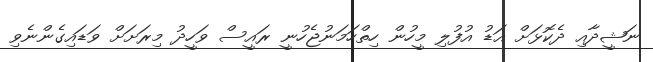
ނަޝީދާއި ދެކޮޅަށް އަޑު އުފުލި މީހުން ހިތްހަމަނުޖެހުނީ ރައީސް ވަހީދު މިރަށަށް ވަޑައިގެންނެވި